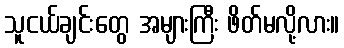
သူငယ်ချင်းတွေ အများကြီး ဖိတ်မလို့လား။